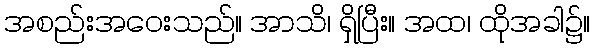
အစည်းအဝေးသည်။ အာသိ၊ ရှိပြီး။ အထ၊ ထိုအခါ၌။